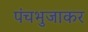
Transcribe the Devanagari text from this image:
पंचभुजाकर